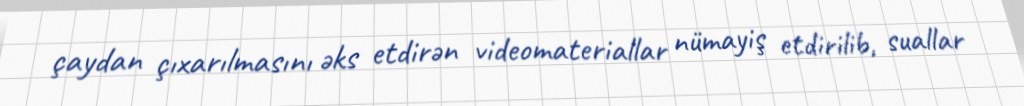
çaydan çıxarılmasını əks etdirən videomateriallar nümayiş etdirilib, suallar